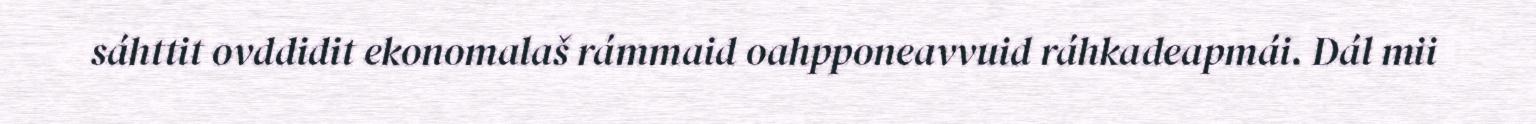
sáhttit ovddidit ekonomalaš rámmaid oahpponeavvuid ráhkadeapmái. Dál mii